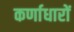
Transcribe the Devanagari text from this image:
कर्णाधारों